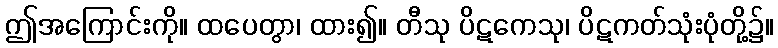
ဤအကြောင်းကို။ ထပေတွာ၊ ထား၍။ တီသု ပိဋကေသု၊ ပိဋကတ်သုံးပုံတို့၌။